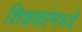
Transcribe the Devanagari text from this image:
शिक्षकांमध्ये